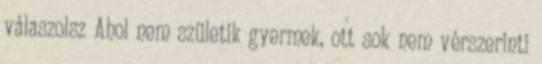
válaszolsz Ahol nem születik gyermek, ott sok nem vérszerinti